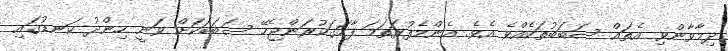
ދިމާވާންވި އެތައް ސަބަބުތަކެއްވެ އެވެ. އެންމެފުރަތަމަ ފާހަގަކުރަންޖެހޭ ސަބަބަކަށް ވަނީ ހިންދު ކަނޑުގައި